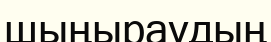
шыңыраудың